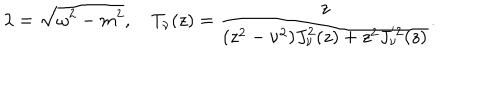
\lambda = \sqrt { \omega ^ { 2 } - m ^ { 2 } } , \quad T _ { \nu } ( z ) = \frac { z } { ( z ^ { 2 } - \nu ^ { 2 } ) J _ { \nu } ^ { 2 } ( z ) + z ^ { 2 } J _ { \nu } ^ { ' 2 } ( z ) } .